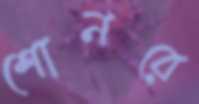
শোনরে